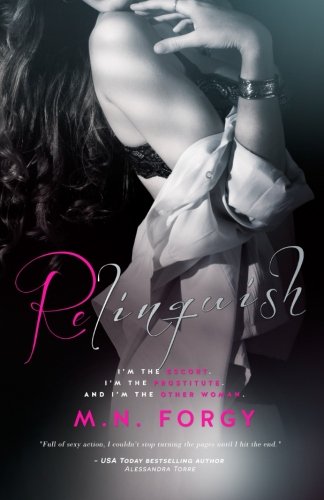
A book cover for Relinquish; M. N. Forgy; Romance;